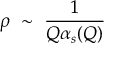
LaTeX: \rho ~ \sim ~ { \frac { 1 } { Q \alpha _ { s } ( Q ) } }